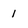
Character: 1